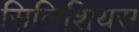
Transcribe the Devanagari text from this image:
सिलिशियस